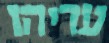
עדיהו